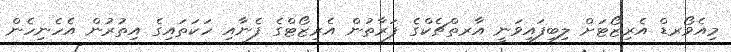
މިއެވޯރޑް އެރިޒޯޓަށް ލިބިފައިވަނީ އާރތްޗެކްގެ ފަރާތުން އެރިޒޯޓްގެ ފެނާއި ހަކަތައިގެ އިތުރުން އެހެނިހެން